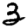
Digit: 3